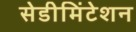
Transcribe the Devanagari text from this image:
सेडीमिंटेशन